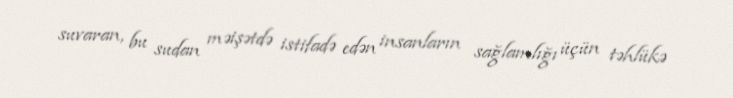
suvaran, bu sudan məişətdə istifadə edən insanların sağlamlığı üçün təhlükə